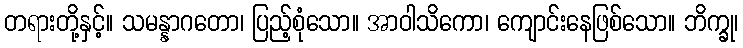
တရားတို့နှင့်။ သမန္နာဂတော၊ ပြည့်စုံသော။ အာဝါသိကော၊ ကျောင်းနေဖြစ်သော။ ဘိက္ခု၊